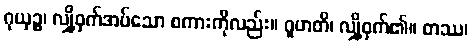
ဂုယှဉ္စ၊ လျှို့ဝှက်အပ်သော စကားကိုလည်း။ ဂူဟတိ၊ လျှို့ဝှက်၏။ တဿ၊